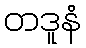
တဒူနံ